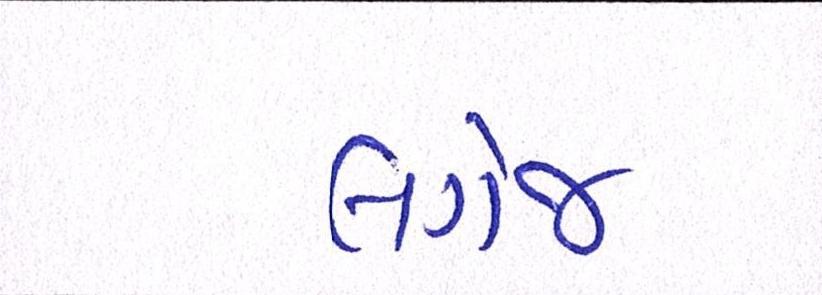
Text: લગેજ